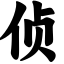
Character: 侦